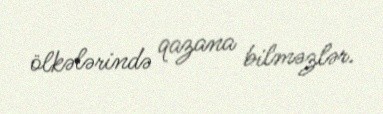
ölkələrində qazana bilməzlər.